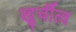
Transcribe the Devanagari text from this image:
खुर्चीत्व